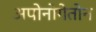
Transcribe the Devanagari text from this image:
अपोनोगेतोन